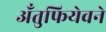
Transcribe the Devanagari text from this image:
अँतुफियेवने